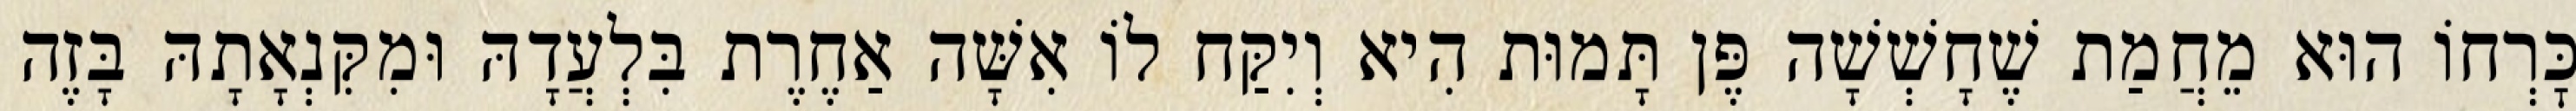
כׇּרְחוֹ הוּא מֵחֲמַת שֶׁחָשְׁשָׁה פֶּן תָּמוּת הִיא וְיִקַּח לוֹ אִשָּׁה אַחֶרֶת בִּלְעֲדָהּ וּמִקִּנְאָתָהּ בָּזֶה